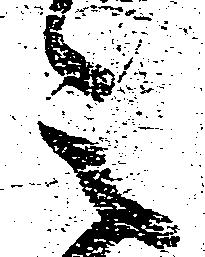
之